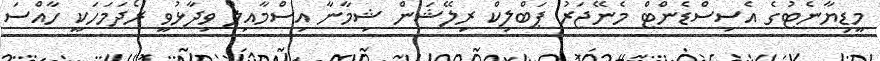
މީޑިޔާނެޓުގެ އެސިސްޑެންޓް މެނޭޖަރު ޕަބްލިކް ރިލޭޝަން ޝިމާނާ އިސްމާއިލް ވިދާޅުވީ ރޯދަމަހަކީ ހާއްސަ